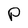
Character: P